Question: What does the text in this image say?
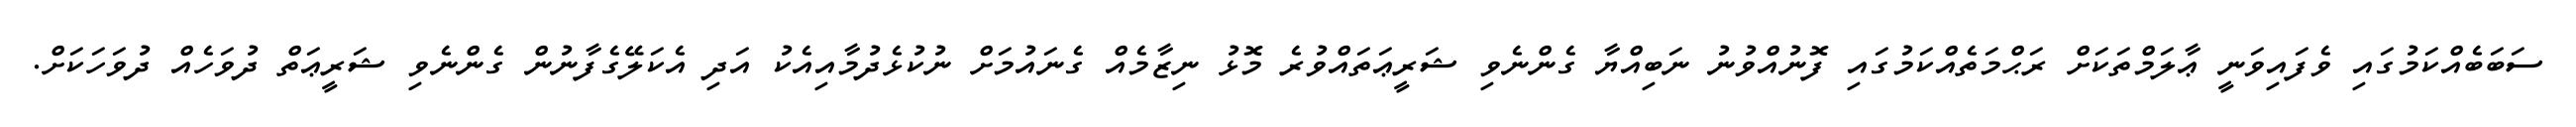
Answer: ސަބަބެއްކަމުގައި ވެފައިވަނީ ޢާލަމްތަކަށް ރަޙްމަތެއްކަމުގައި ފޮނުއްވުނު ނަބިއްޔާ ގެންނެވި ޝަރީޢަތައްވުރެ މޮޅު ނިޒާމެއް ގެނައުމަށް ނުކުޅެދުމާއިއެކު އަދި އެކަލޭގެފާނުން ގެންނެވި ޝަރީޢަތް ދުވަހެއް ދުވަހަކަށް.